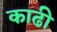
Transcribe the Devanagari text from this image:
काढी